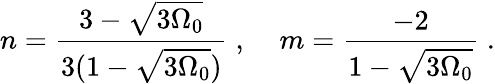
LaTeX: n=\frac{3-\sqrt{3\Omega_{0}}}{3(1-\sqrt{3\Omega_{0}})}\; ,\; \; \; \; m=\frac{-2}{1-\sqrt{3\Omega_{0}}}\; .